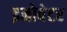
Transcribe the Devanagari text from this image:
इनोवेटर